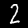
Digit: 2